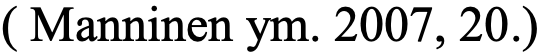
( Manninen ym. 2007, 20.)